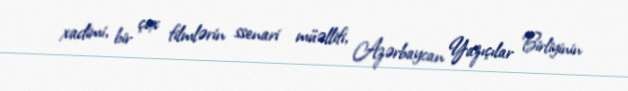
xadimi, bir çox filmlərin ssenari müəllifi, Azərbaycan Yazıçılar Birliyinin